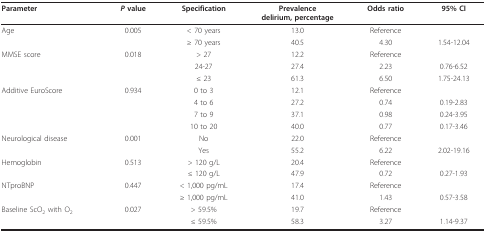
| Parameter | P value | Specification | Prevalencedelirium, percentage | Odds ratio | 95% CI |
 | --- | --- | --- | --- | --- | --- |
 | Age | 0.005 | < 70 years | 13.0 | Reference |  |
 |  |  | ≥ 70 years | 40.5 | 4.30 | 1.54-12.04 |
 | MMSE score | 0.018 | > 27 | 12.2 | Reference |  |
 |  |  | 24-27 | 27.4 | 2.23 | 0.76-6.52 |
 |  |  | ≤ 23 | 61.3 | 6.50 | 1.75-24.13 |
 | Additive EuroScore | 0.934 | 0 to 3 | 12.1 | Reference |  |
 |  |  | 4 to 6 | 27.2 | 0.74 | 0.19-2.83 |
 |  |  | 7 to 9 | 37.1 | 0.98 | 0.24-3.95 |
 |  |  | 10 to 20 | 40.0 | 0.77 | 0.17-3.46 |
 | Neurological disease | 0.001 | No | 22.0 | Reference |  |
 |  |  | Yes | 55.2 | 6.22 | 2.02-19.16 |
 | Hemoglobin | 0.513 | > 120 g/L | 20.4 | Reference |  |
 |  |  | ≤ 120 g/L | 47.9 | 0.72 | 0.27-1.93 |
 | NTproBNP | 0.447 | < 1,000 pg/mL | 17.4 | Reference |  |
 |  |  | ≥ 1,000 pg/mL | 41.0 | 1.43 | 0.57-3.58 |
 | Baseline ScO2 with O2 | 0.027 | > 59.5% | 19.7 | Reference |  |
 |  |  | ≤ 59.5% | 58.3 | 3.27 | 1.14-9.37 |